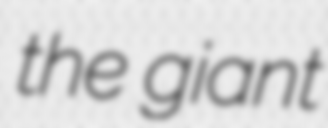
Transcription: the giant